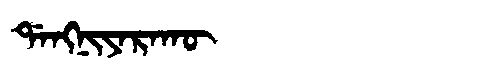
Manchu: ᡩᠠᠩᠨᡳᠶᠠᡵᠠᡴᡡ
Romanization: DANGNIYARAKŪ